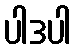
ပါဒပါ